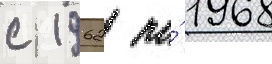
с 1962 по́ 1968